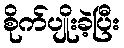
စိုက်ပျိုးခဲ့ပြီး